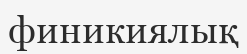
финикиялық